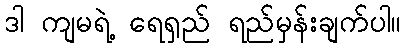
ဒါ ကျမရဲ့ ရေရှည် ရည်မှန်းချက်ပါ။